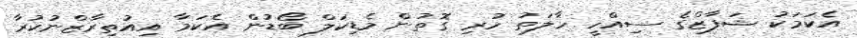
އެކަމަކު ޝަފާޒްގެ ސިއްހީ ހާލަތު ހުރި ގޮތުން މެޑިކަލް ބޯޑުން އެކަމާ އިއުތިރާޒްނުކުރާ